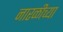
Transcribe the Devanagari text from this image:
नारळीच्या